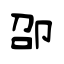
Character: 卲